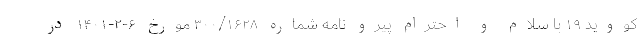
کووید ۱۹ با سلام و احترام پیرو نامه شماره ۳۰۰/۱۶۲۸ مورخ ۶-۲-۱۴۰۱ در